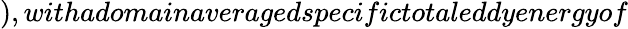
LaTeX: ),withadomainaveragedspecifictotaleddyenergyof